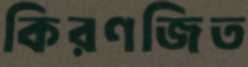
কিরণজিত